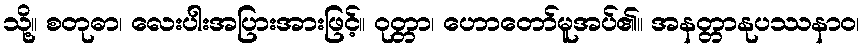
သို့။ စတုဓာ၊ လေးပါးအပြားအားဖြင့်။ ဝုတ္တာ၊ ဟောတော်မူအပ်၏။ အနတ္တာနုပဿနာဝ၊